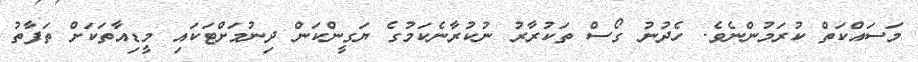
މަސައްކަތް ކުރަމުންނެވެ. ހެދުނު ގޯސް ތަކުރާރު ނުކުރާނެކަމުގެ ޔަގީންކަން ދިނުމަށްޓަކައި މީޑިއާތަކަށް ތަފާތު